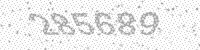
Solution: 285689